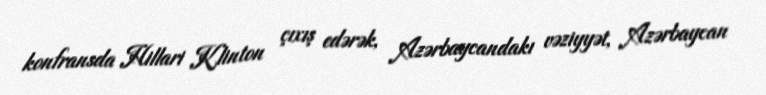
konfransda Hillari Klinton çıxış edərək, Azərbaycandakı vəziyyət, Azərbaycan